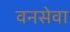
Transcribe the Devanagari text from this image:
वनसेवा